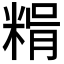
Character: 𥺳